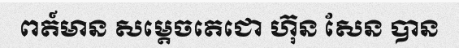
ពត៍មាន សម្តេចតេជោ ហ៊ុន សែន បាន